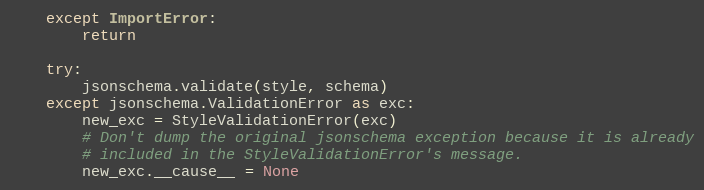
Language: Python
    except ImportError:
        return

    try:
        jsonschema.validate(style, schema)
    except jsonschema.ValidationError as exc:
        new_exc = StyleValidationError(exc)
        # Don't dump the original jsonschema exception because it is already
        # included in the StyleValidationError's message.
        new_exc.__cause__ = None